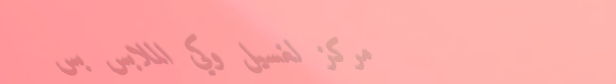
مركز لغسيل وكي الملابس بس